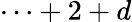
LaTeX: \cdots+2+d